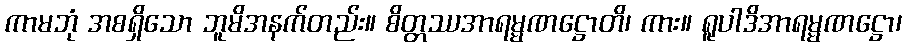
ကာမဘုံ အစရှိသော ဘူမိအနက်တည်း။ စိတ္တဿအာရမ္မဏဋ္ဌောတိ၊ ကား။ ရူပါဒိအာရမ္မဏဋ္ဌော၊